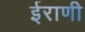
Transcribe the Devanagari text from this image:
ईराणी